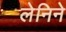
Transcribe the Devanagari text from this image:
लेनिने